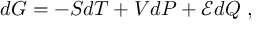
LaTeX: d G = - S d T + V d P + { \mathcal { E } } d Q \ ,